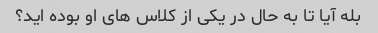
بله آیا تا به حال در یکی از کلاس های او بوده اید؟